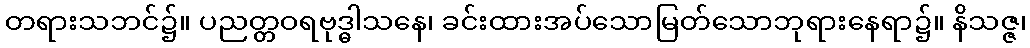
တရားသဘင်၌။ ပညတ္တဝရဗုဒ္ဓါသနေ၊ ခင်းထားအပ်သောမြတ်သောဘုရားနေရာ၌။ နိသဇ္ဇ၊